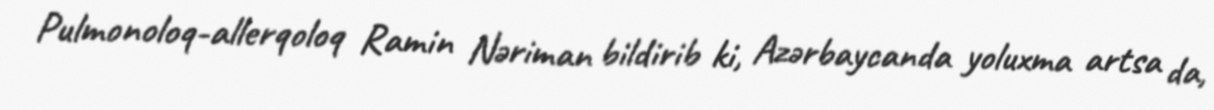
Pulmonoloq-allerqoloq Ramin Nəriman bildirib ki, Azərbaycanda yoluxma artsa da,